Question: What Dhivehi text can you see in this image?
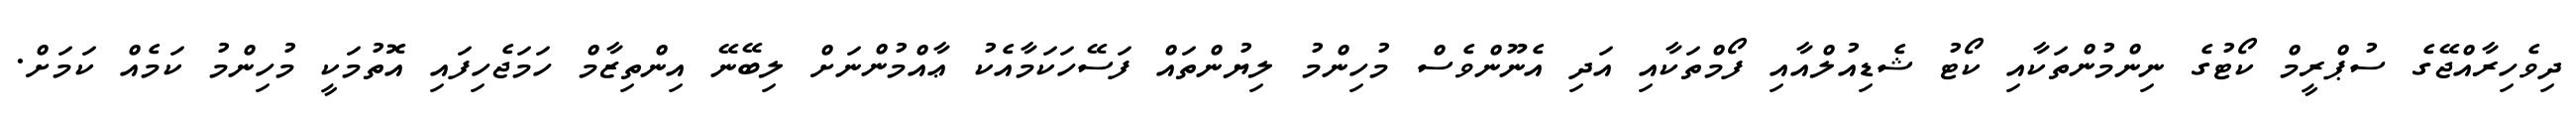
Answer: ދިވެހިރާއްޖޭގެ ސުޕްރީމް ކޯޓުގެ ނިންމުންތަކާއި ކޯޓު ޝެޑިއުލްއާއި ފޯމްތަކާއި އަދި އެނޫންވެސް މުހިންމު ލިޔުންތައް ފަސޭހަކަމާއެކު ޢާއްމުންނަށް ލިބޭނޭ އިންތިޒާމް ހަމަޖެހިފައި އޮތުމަކީ މުހިންމު ކަމެއް ކަމަށް.